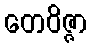
တေဝိဇ္ဇာ